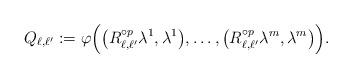
LaTeX: \begin{align*}Q_{\ell,\ell'} := \varphi \Bigl( \bigl( R_{\ell,\ell'}^{\circ p} \lambda^1,\lambda^1 \bigr),\ldots, \bigl( R_{\ell,\ell'}^{\circ p} \lambda^m,\lambda^m \bigr) \Bigr).\end{align*}